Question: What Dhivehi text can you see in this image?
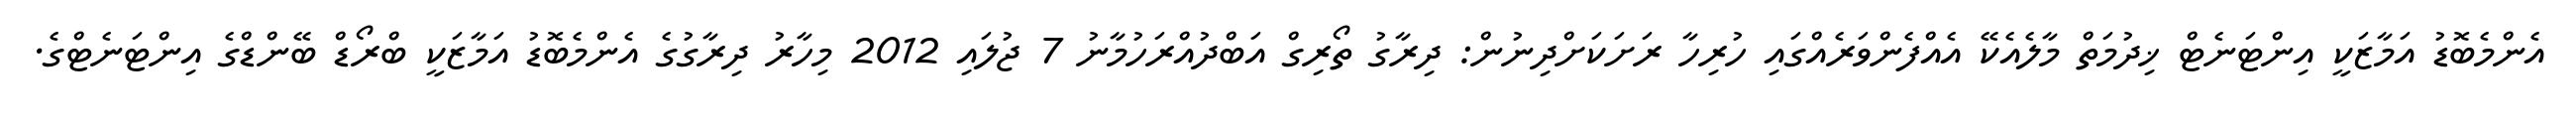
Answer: އެންމެބޮޑު އަމާޒަކީ އިންޓަނެޓް ޚިދުމަތް މާލެއެކޭ އެއްފެންވަރެއްގައި ހުރިހާ ރަށަކަށްދިނުން: ދިރާގު ތޯރިގް އަބްދުއްރަހުމާނު 7 ޖުލައި 2012 މިހާރު ދިރާގުގެ އެންމެބޮޑު އަމާޒަކީ ބްރޯޑް ބޭންޑްގެ އިންޓަނެޓްގެ.